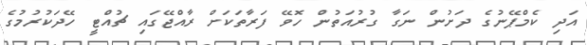
އަދި ކެމްޕޭނުގެ ދަށުން ނަގާ ގުރުއަތުން ހޮވޭ ފަރާތަކަށް ރާއްޖޭގައި ޗުއްޓީ ހޭދަކުރުމުގެ